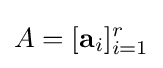
A=[\mathbf {a} _{i}]_{i=1}^{r}